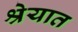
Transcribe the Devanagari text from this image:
श्रेयात